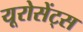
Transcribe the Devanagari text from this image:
यूरोसेंट्स